King Institute of Preventive Medicine Bacteriolog. Section reports 1907-08
Year: 1907
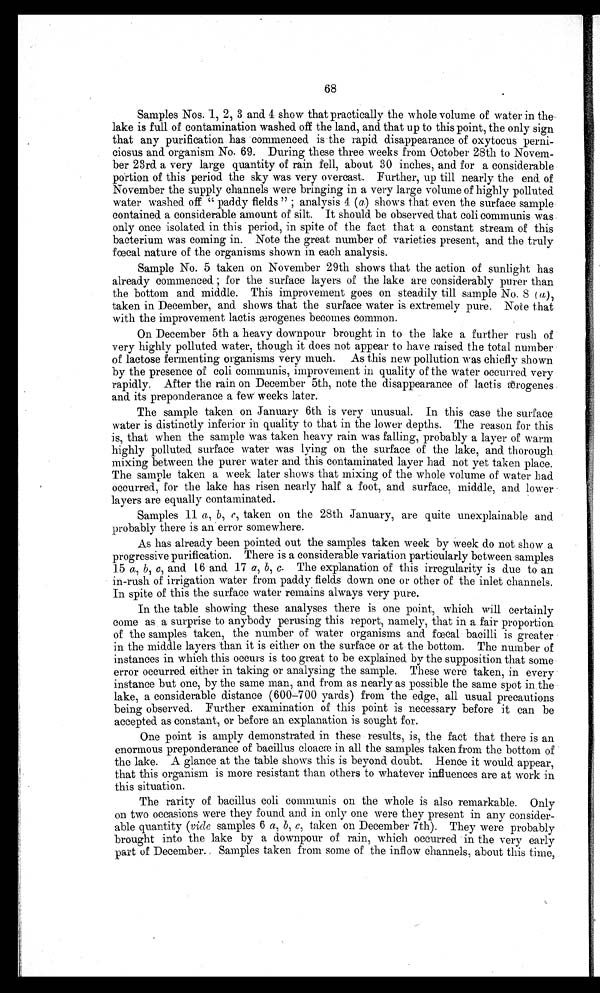
68
Samples Nos. 1, 2, 3 and 4 show that practically the whole volume of water in the
lake is full of contamination washed. off the land, and that up to this point, the only sign
that any purification has commenced is the rapid disappearance of oxytocus perni-
ciosus and organism No. 69. During these three weeks from October 28th to Novem-
- b e r 2 3 r d a v e r y l a r g e q u a n t i t y o f r a i n f e l l , a b o u t 3 0 i n c h e s , a n d f o r a c o n s i d e r a b l e
portion of this period the sky was very overcast. Further, up till nearly the end. of
November the supply channels were bringing in a very large volume of highly polluted
water washed off "paddy fields" ; analysis 4 (a) shows that even the surface sample
contained a considerable amount of silt. It should be observed that coli communis was
only once isolated in this period, in spite of the fact that a constant. stream of this
bacterium was coming in. Note the great number of varieties present, and the truly
fœcal nature of the organisms shown in each analysis.
Sample No. 5 taken on November 29th shows that the action of sunlight has
already commenced ; for the surface layers of the lake are considerably purer than
the bottom and. middle. This improvement goes on steadily till sample No. 8 ( a),
taken in December, and shows that the surface water is extremely pure. Note that
with the improvement lactis ærogenes becomes common.
On December 5th a heavy downpour brought in to the lake a further rush of
very highly polluted water, though it does not appear to have raised the total number
of lactose fermenting organisms very much. As this new pollution was chiefly shown
by the presence of coli communis, improvement in quality of the water occurred very
rapidly. After the rain on December 5th, note the disappearance of lactis ærogenes
and its preponderance a few weeks later.
The sample taken on January 6th is very unusual. In this case the surface
water is distinctly inferior in quality to that in the lower depths. The reason for this
is, that when the sample was taken heavy rain was falling, probably a layer of warm
highly polluted surface water was lying on the surface of the lake, and thorough
mixing between the purer water and this contaminated layer had not yet taken place.
The sample taken a week later shows that mixing of the whole volume of water had
occurred, for the lake has risen nearly half a foot, and surface, middle, and lower
layers are equally contaminated.
Samples 11 a, b, c, taken on the 28th January, are quite unexplainable and
probably there is an error somewhere.
As has already been pointed out the samples taken week by week do not show a
progressive purification. There is a considerable variation particularly between samples
15 a, b, c, and 16 and 17 a, b, c. The explanation of this irregularity is due to an
in-rush of irrigation water from paddy fields down one or other of the inlet channels.
In spite of this the surface water remains always very pure.
In the table showing these analyses there is one point, which will certainly
come as a surprise to anybody perusing this report, namely, that in a fair proportion
of the samples taken, the number of water organisms and fœcal bacilli is greater
in the middle layers than it is either on the surface or at the bottom. The number of
instances in which this occurs is too great to be explained by the supposition that some
error occurred either in taking or analysing the sample. These were taken, in every
instance but one, by the same man, and from as nearly as possible the same spot in the
lake, a considerable distance (600-700 yards) from the edge, all usual precautions
being observed. Further examination of this point is necessary before it can be
accepted as constant, or before an explanation is sought for.
One point is amply demonstrated in these results, is, the fact that there is an
enormous preponderance of bacillus cloacœ in all the samples taken from the bottom of
the lake. A glance at the table shows this is beyond doubt. Hence it would appear,
that this organism is more resistant than others to whatever influences are at work in
this situation.
The rarity of bacillus coli communis on the whole is also remarkable. Only
on two occasions were they found and in only one were they present in any consider-
able quantity (vide samples 6 a, 6, c, taken on December 7th). They were probably
brought into the lake by a downpour of rain, which occurred in the very early
part of December. Samples taken from some of the inflow channels, about this time,